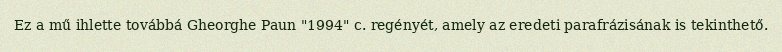
Ez a mű ihlette továbbá Gheorghe Paun "1994" c. regényét, amely az eredeti parafrázisának is tekinthető.